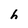
Character: h